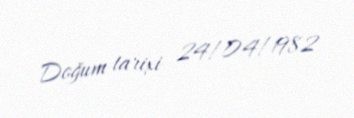
Doğum tarixi 24/04/1982